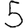
Digit: 5